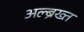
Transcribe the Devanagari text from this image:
अल्ब्रैख्त